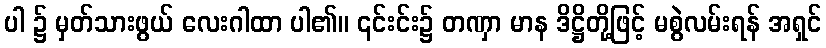
ပါ ၌ မှတ်သားဖွယ် လေးဂါထာ ပါ၏။ ၎င်းင်း၌ တဏှာ မာန ဒိဋ္ဌိတို့ဖြင့် မစွဲလမ်းရန် အရှင်